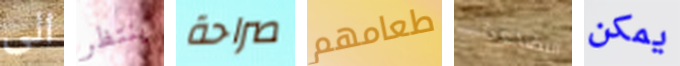
الى ينتظر صراحة طعامهم البضاعة يمكن